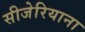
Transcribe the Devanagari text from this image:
सीजेरियाना